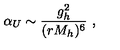
\alpha _ { U } \sim { \frac { g _ { h } ^ { 2 } } { ( r M _ { h } ) ^ { 6 } } } \ ,